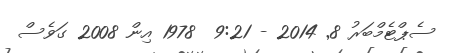
ސެޕްޓެމްބަރު 8